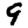
Digit: 9